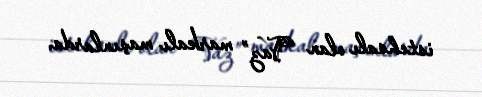
istehsalı olan “Vaz” markalı maşınlarda.